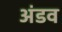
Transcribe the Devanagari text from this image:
अंडव